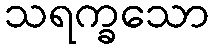
သရက္ခသော